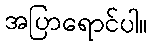
အပြာရောင်ပါ။